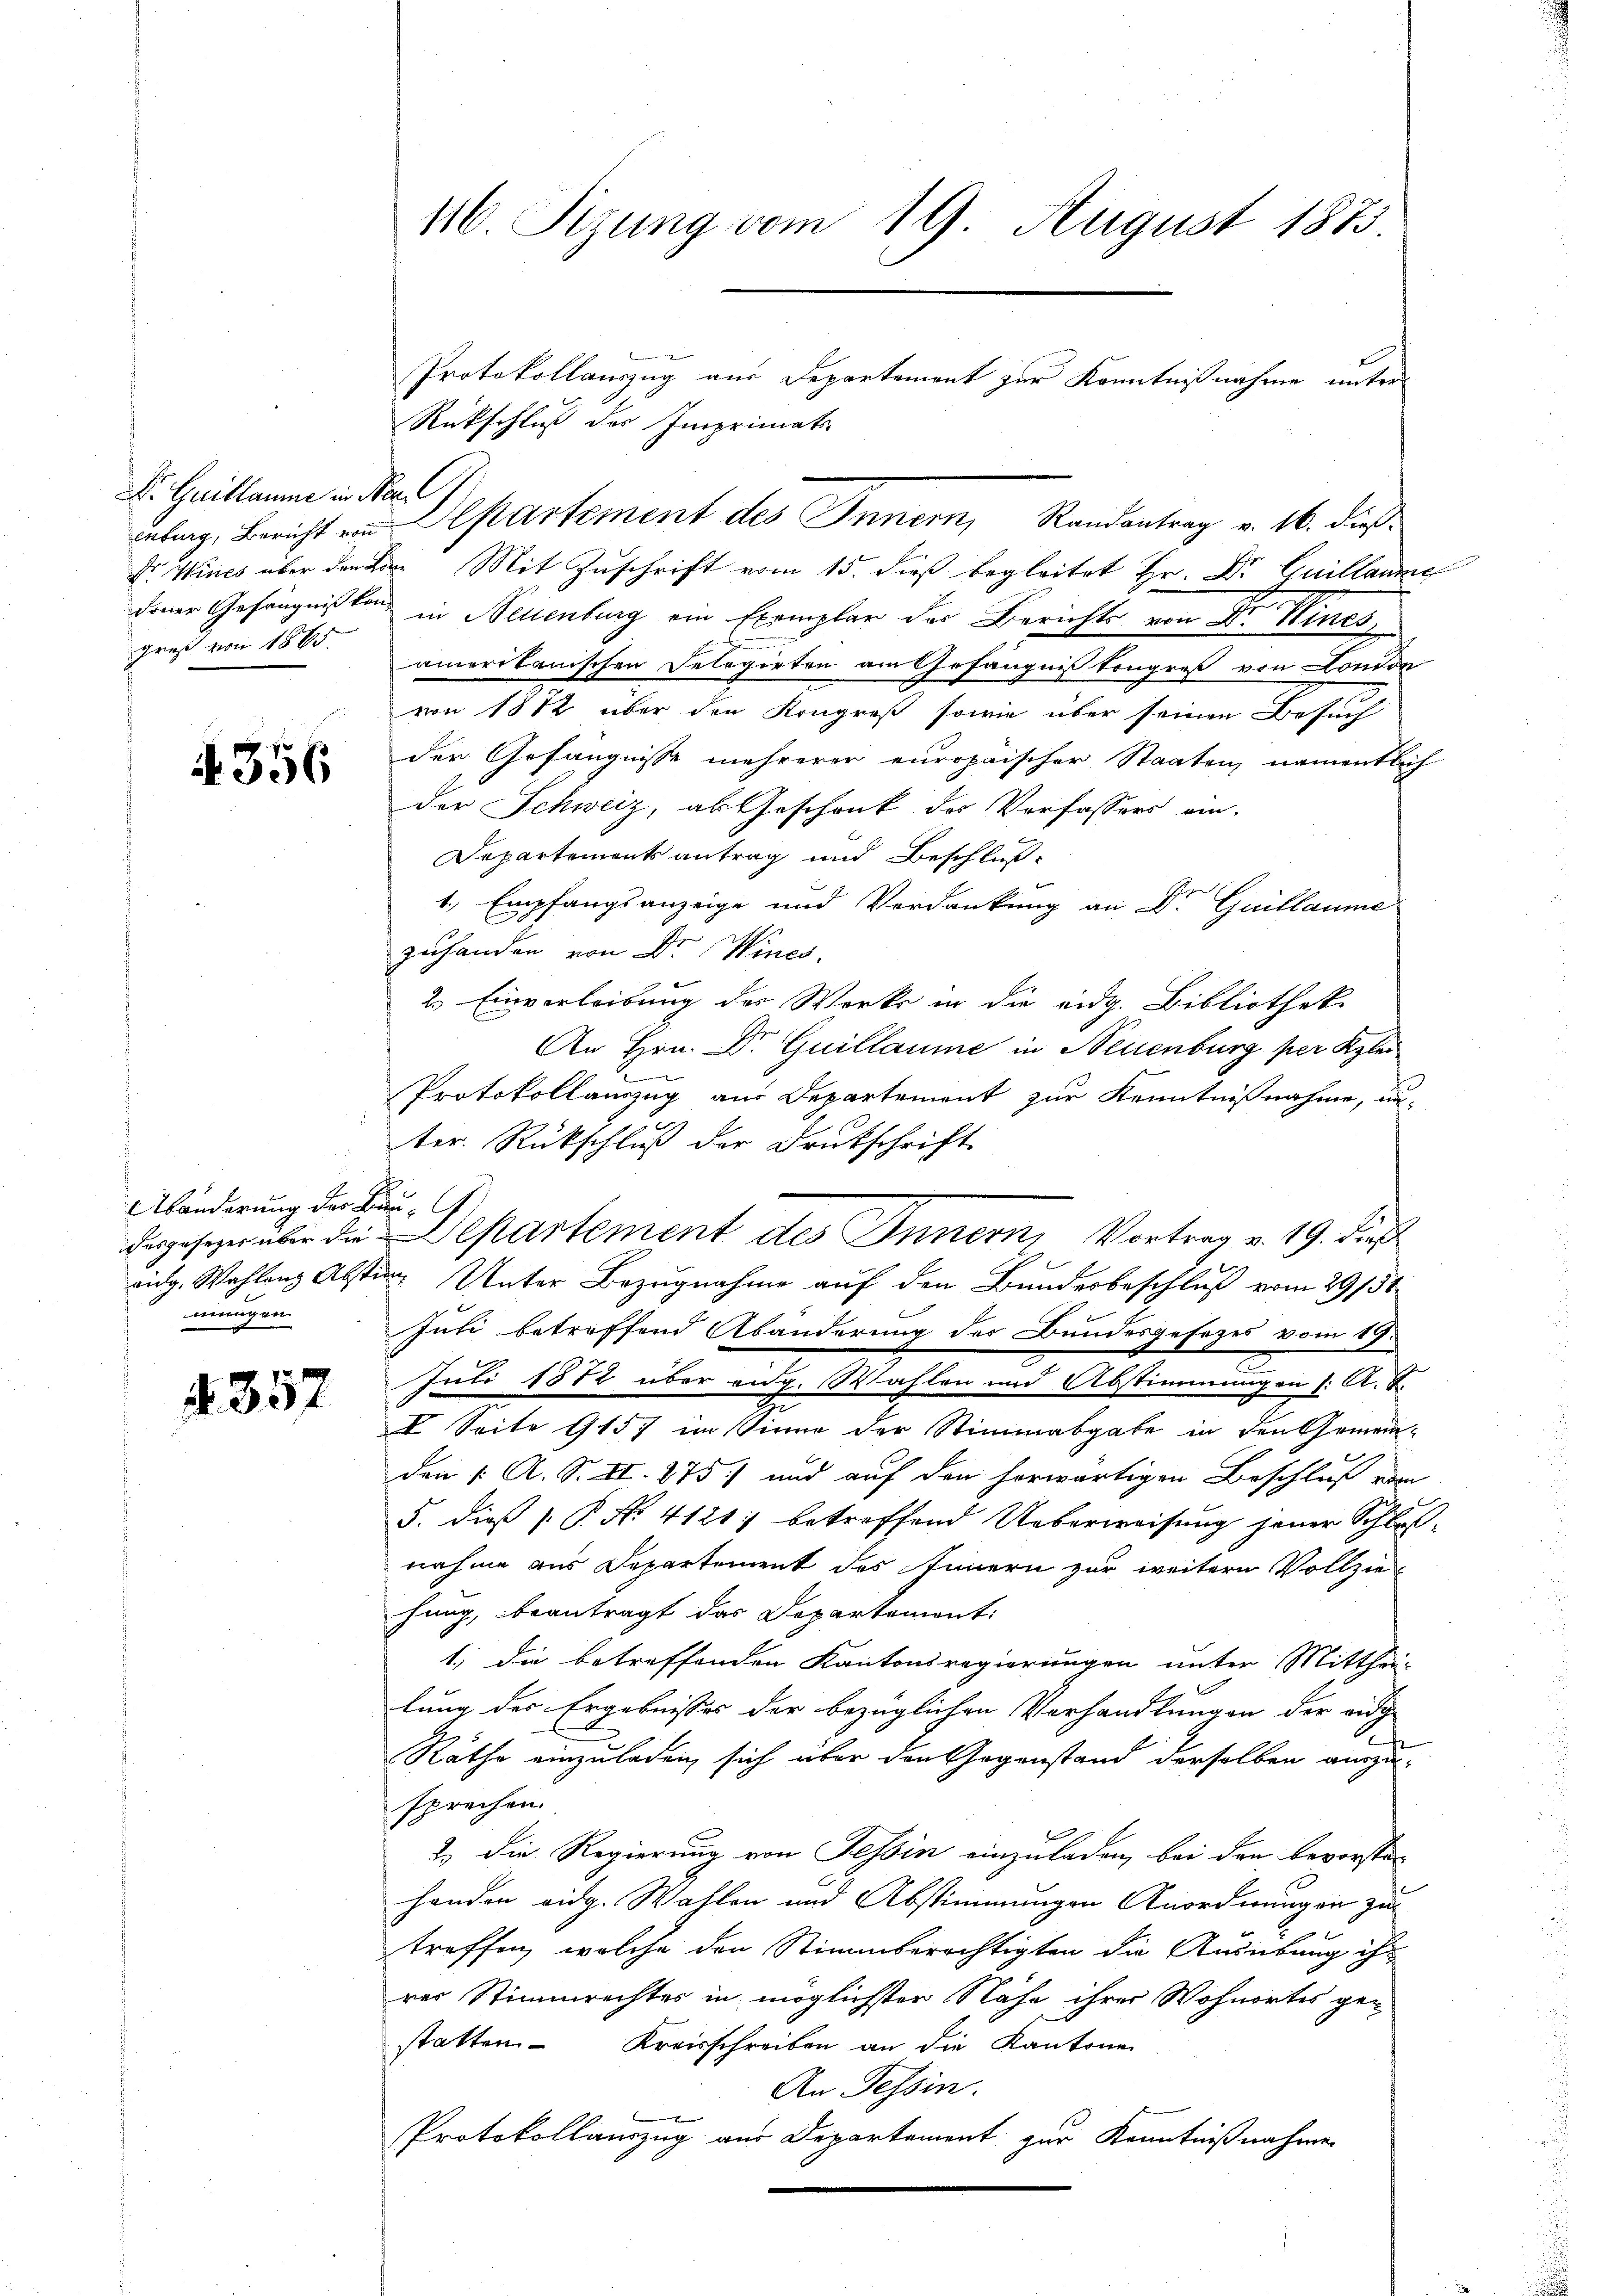
Dr Guillaume in Ner
greß von 1865.

4356

Abänderung der Bau-
mungen.

357

116. Sitzung vom 19. August 1883.

Rückschluß des Imprimats-
rnburg, Bericht von Departement des Inner, Randantrag v. 16. dieß¬
Dr Wincs über den L. Mit Zuschrift vom 15. dieß begleitet Hr. Dr Guillaue
dener Gefängnißtan in Neuenburg ein Exemplar des Berichts von Dr Wincs,
amerikanischen Delegirten am Gefängnisstongreß von London
von 1872 über den Kongreß sowie über seinen Besuch
der Gefängnisse mehrerer europäischer Staaten, namentlich
der Schweiz, als Geschenk des Verfassers ein-
Departements antrag und Beschluß
1., Empfangsanzeige und Verdankung an Dr. Guillaume
zuhanden von Dr. Wincs.
2. Einverleibung der Werks in die eidg. Bibliothek.
An Hrn. Dr Guillaume in Neuenburg per Klei
Protokollauszug aus Departement zur Kenntnißnahme, unter. Rückschluß der Druckschrift
dargesezer über die partement des Innern, Vortrag v. 19. dieß
vig. Wahlen Abstim Unter Bezugnahme auf den Bundesbeschluß vom 29/38
Juli betreffend Abänderung der Bundesgesezes vom 19.
Juli 1872 über eidg. Wahlen und Abstimmungen (: A. S.
V Seite 9 157 im Sinne der Stimmabgabe in den Gemein-
den 1. A. S. II. 875) und auf den herwärtigen Beschluß vom
5. dieß P. No. 4121; betreffend Ueberweisung jener Schlußnahme aus Departement des Innern zur weitern Vollziehung, beantragt das Departement:
1) die betreffenden Kantonsregierungen unter Mitthei-
lung des Ergebnisses der bezüglichen Vorhandlungen der redig
Räthe einzuladen sich über den Gegenstand derselben auszusprechen.
2.) Die Regierung von Tessin einzuladen, bei den bevorsten
handen eidg. Wahlen und Abstimmungen Anordnungen zu
treffen, welche den Stimmberechtigten die Ausübung ihr
rer Stimmrechtes in möglichster Nähe ihrer Wohnortes gestatten Kreisschreiben an die Kantone
An Tessin.
be
Protokollauszug aus Departement zur Kenntnißnahmen

Protokollauszug aus Departement zur Kenntnißnahme unter